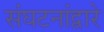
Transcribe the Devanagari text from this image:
संघटनांद्वारे